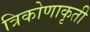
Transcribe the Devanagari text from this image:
त्रिकोणाकृती